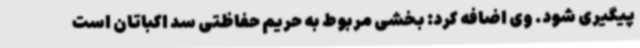
پیگیری شود. وی اضافه کرد: بخشی مربوط به حریم حفاظتی سد اکباتان است